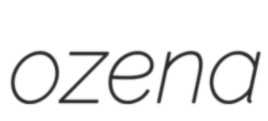
ozena